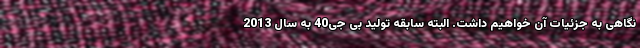
نگاهی به جزئیات آن خواهیم داشت. البته سابقه تولید بی جی40 به سال 2013